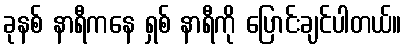
ခုနစ် နာရီကနေ ရှစ် နာရီကို ပြောင်းချင်ပါတယ်။